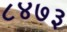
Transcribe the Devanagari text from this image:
८४७३